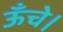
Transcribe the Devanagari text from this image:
ऊँचे।